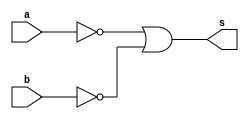
// --------------------- 
// Exercicio04
// Nome: Raphael Quintao 
// ---------------------

 
module nandgate (output s, input a, input b); 
assign s = (~a | ~b)   ; 
endmodule // 
// --------------------- 
// -- 
// --------------------- 
module testnandgate; 
// ------------------------- dados locais 
reg a,b; // definir registrador 
wire s; // definir conexao (fio) 
// ------------------------- instancia 
nandgate nand1 (s, a, b); 
// ------------------------- preparacao 
initial begin:start 
a=0;  
b=0; 
end 
// ------------------------- parte principal 
initial begin:main 
$display("Exercicio 04 - Raphael Quintao - 445171"); 
$display("Test NAND(de morgan) gate"); 
$display("\n(~a | ~b) = s\n");
$monitor("(~%b | ~%b) = %b", a, b, s);
#1 a=0; b=0; 
#1 a=0; b=1; 
#1 a=1; b=0; 
#1 a=1; b=1; 

end 
endmodule //